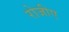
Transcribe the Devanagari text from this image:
रोजीए